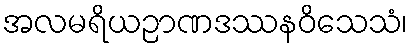
အလမရိယဉာဏဒဿနဝိသေသံ၊